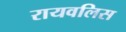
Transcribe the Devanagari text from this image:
रायवलिस